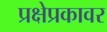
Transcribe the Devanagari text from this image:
प्रक्षेप्रकावर